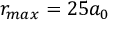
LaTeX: r _ { m a x } = 2 5 a _ { 0 }